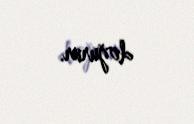
doğurur.